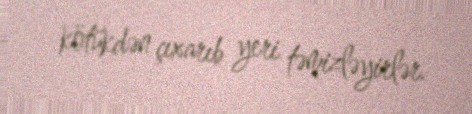
kötükdən çıxarıb yeri təmizləyirlər.